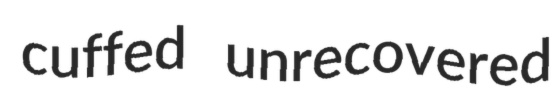
cuffed unrecovered